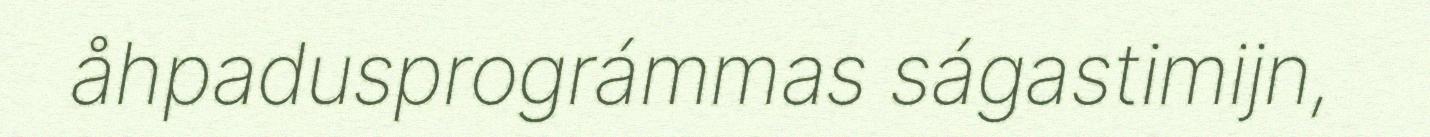
åhpadusprográmmas ságastimijn,